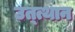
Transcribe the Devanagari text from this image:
उत्त्थान